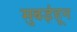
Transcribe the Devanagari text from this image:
मुबईहून